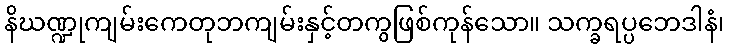
နိဃဏ္ဍုကျမ်းကေတုဘကျမ်းနှင့်တကွဖြစ်ကုန်သော။ သက္ခရပ္ပဘေဒါနံ၊